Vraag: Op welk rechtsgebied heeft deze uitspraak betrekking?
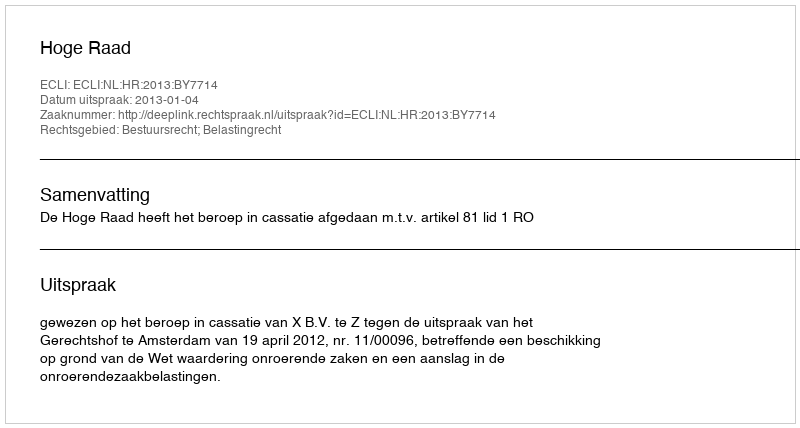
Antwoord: Bestuursrecht; Belastingrecht